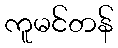
ကူမင်တန်